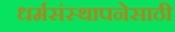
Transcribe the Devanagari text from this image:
धर्मसंस्थापनेसाठी